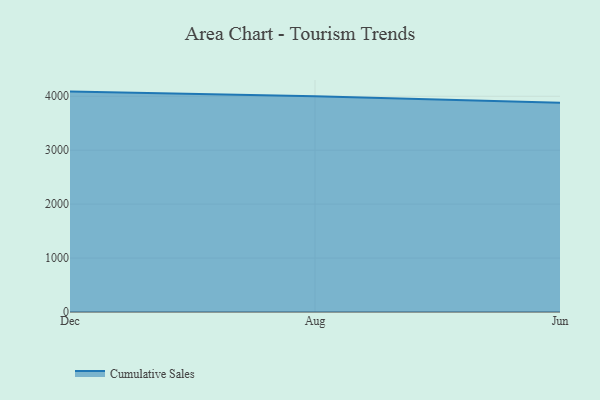
{"axis": {"x": "Month", "y": "Population (Million)"}, "legend": ["Cumulative Sales"], "data": [{"x": "Dec", "y": 4086.2, "type": "Cumulative Sales"}, {"x": "Aug", "y": 3999.3, "type": "Cumulative Sales"}, {"x": "Jun", "y": 3880.2, "type": "Cumulative Sales"}]}